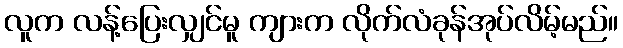
လူက လန့်ပြေးလျှင်မူ ကျားက လိုက်လံခုန်အုပ်လိမ့်မည်။